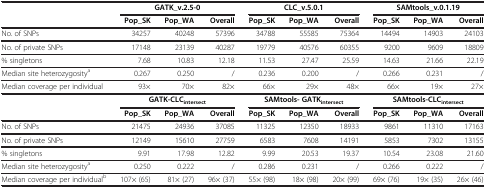
<table><thead><tr><td><b> </b></td><td colspan="3"><b>GATK_v.2.5-0</b></td><td colspan="3"><b>CLC_v.5.0.1</b></td><td colspan="3"><b>SAMtools_v.0.1.19</b></td></tr><tr><td><b> </b></td><td><b>Pop_SK</b></td><td><b>Pop_WA</b></td><td><b>Overall</b></td><td><b>Pop_SK</b></td><td><b>Pop_WA</b></td><td><b>Overall</b></td><td><b>Pop_SK</b></td><td><b>Pop_WA</b></td><td><b>Overall</b></td></tr></thead><tbody><tr><td>No. of SNPs</td><td>34257</td><td>40248</td><td>57396</td><td>34788</td><td>55585</td><td>75364</td><td>14494</td><td>14903</td><td>24103</td></tr><tr><td>No. of private SNPs</td><td>17148</td><td>23139</td><td>40287</td><td>19779</td><td>40576</td><td>60355</td><td>9200</td><td>9609</td><td>18809</td></tr><tr><td>% singletons</td><td>7.68</td><td>10.83</td><td>12.18</td><td>11.53</td><td>27.47</td><td>25.59</td><td>14.63</td><td>21.66</td><td>22.19</td></tr><tr><td>Median site heterozygosity<sup>a</sup></td><td>0.267</td><td>0.250</td><td>/</td><td>0.236</td><td>0.200</td><td>/</td><td>0.266</td><td>0.231</td><td>/</td></tr><tr><td>Median coverage per individual</td><td>93×</td><td>70×</td><td>82×</td><td>66×</td><td>29×</td><td>48×</td><td>66×</td><td>19×</td><td>27×</td></tr><tr><td> </td><td colspan="3"><b>GATK-CLC</b><sub><b>intersect</b></sub></td><td colspan="3"><b>SAMtools- GATK</b><sub><b>intersect</b></sub></td><td colspan="3"><b>SAMtools-CLC</b><sub><b>intersect</b></sub></td></tr><tr><td> </td><td><b>Pop_SK</b></td><td><b>Pop_WA</b></td><td><b>Overall</b></td><td><b>Pop_SK</b></td><td><b>Pop_WA</b></td><td><b>Overall</b></td><td><b>Pop_SK</b></td><td><b>Pop_WA</b></td><td><b>Overall</b></td></tr><tr><td>No. of SNPs</td><td>21475</td><td>24936</td><td>37085</td><td>11325</td><td>12350</td><td>18933</td><td>9861</td><td>11310</td><td>17163</td></tr><tr><td>No. of private SNPs</td><td>12149</td><td>15610</td><td>27759</td><td>6583</td><td>7608</td><td>14191</td><td>5853</td><td>7302</td><td>13155</td></tr><tr><td>% singletons</td><td>9.91</td><td>17.98</td><td>12.82</td><td>9.99</td><td>20.53</td><td>19.37</td><td>10.54</td><td>23.08</td><td>21.60</td></tr><tr><td>Median site heterozygosity<sup>a</sup></td><td>0.250</td><td>0.222</td><td>/</td><td>0.286</td><td>0.231</td><td>/</td><td>0.266</td><td>0.222</td><td>/</td></tr><tr><td>Median coverage per individual<sup>b</sup></td><td>107× (65)</td><td>81× (27)</td><td>96× (37)</td><td>55× (98)</td><td>18× (98)</td><td>20× (99)</td><td>69× (76)</td><td>19× (35)</td><td>26× (46)</td></tr></tbody></table>